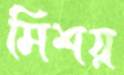
মিশয়